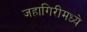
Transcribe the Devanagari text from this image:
जहागिरीमध्‍ये